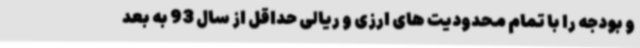
و بودجه را با تمام محدودیت های ارزی و ریالی حداقل از سال 93 به بعد